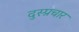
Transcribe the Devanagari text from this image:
दुस्प्रचार